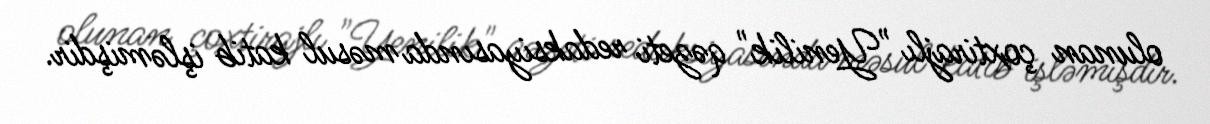
olunan çoxtirajlı "Yenilik" qəzeti redaksiyasında məsul katib işləmişdir.